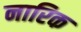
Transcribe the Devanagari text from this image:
नारिक